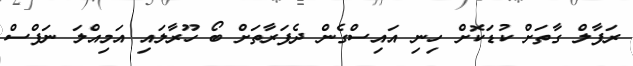
ރަފާލް ގާތަށް ކުޑަކޮށް ހިނި އައިސްގެން ދެފަރާތަށް ބޯ ހޫރާލައި އަމިއްލަ ނަފްސް